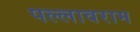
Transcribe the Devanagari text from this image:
पल्लावराम